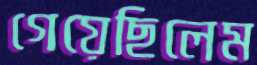
গেয়েছিলেম